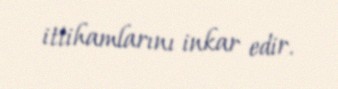
ittihamlarını inkar edir.